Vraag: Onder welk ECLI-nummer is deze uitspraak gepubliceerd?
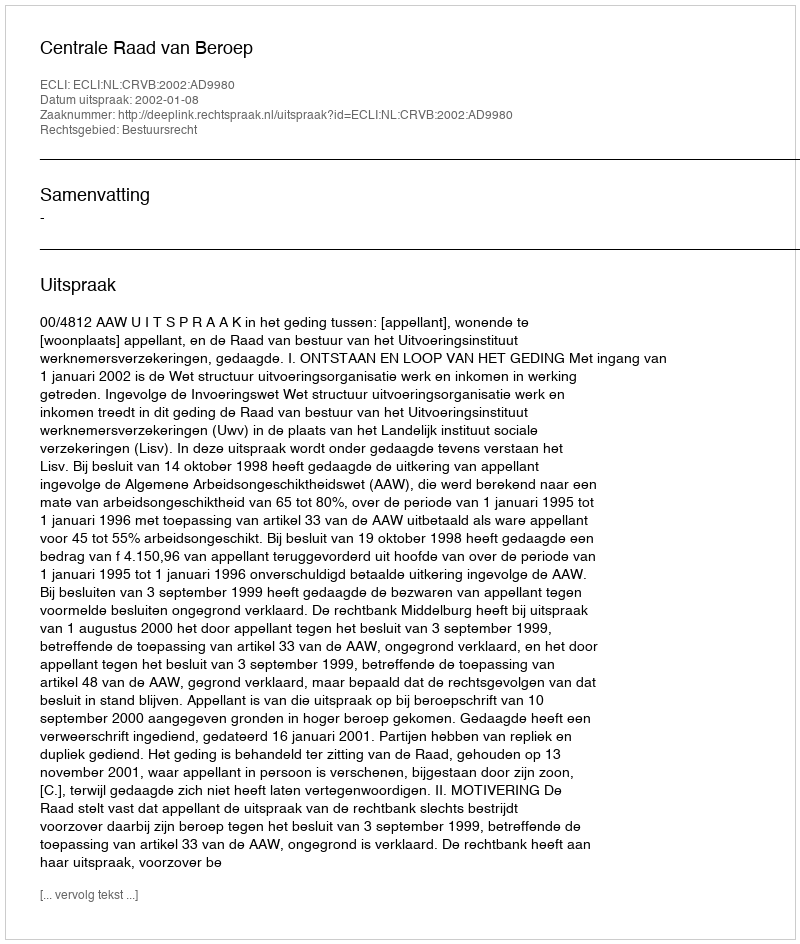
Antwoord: ECLI:NL:CRVB:2002:AD9980